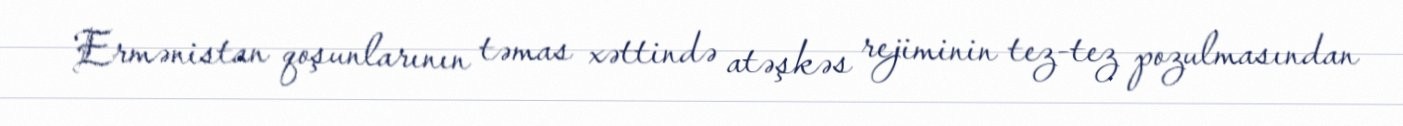
Ermənistan qoşunlarının təmas xəttində atəşkəs rejiminin tez-tez pozulmasından